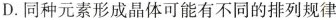
D.同种元素形成晶体可能有不同的排列规律